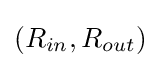
(R_{in},R_{out})